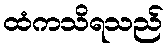
ထံကသိရသည်